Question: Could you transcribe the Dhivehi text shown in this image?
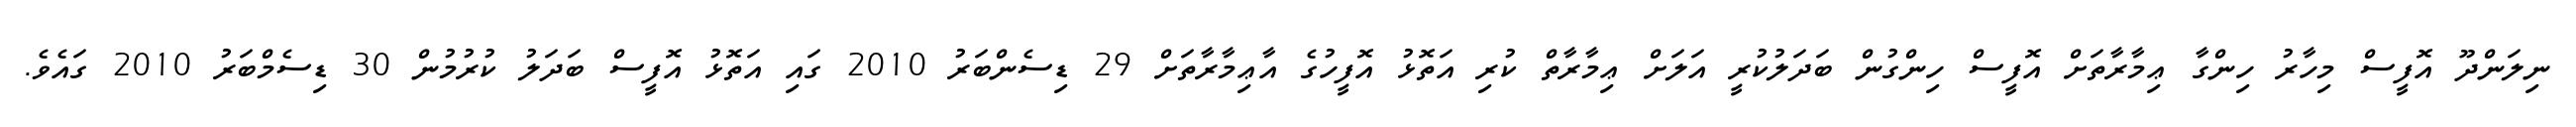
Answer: ނިލަންދޫ އޮފީސް މިހާރު ހިންގާ ޢިމާރާތަށް އޮފީސް ހިންގުން ބަދަލުކުރީ އަލަށް ޢިމާރާތް ކުރި އަތޮޅު އޮފީހުގެ އާޢިމާރާތަށް 29 ޑިސެންބަރު 2010 ގައި އަތޮޅު އޮފީސް ބަދަލު ކުރުމުން 30 ޑިސެމްބަރު 2010 ގައެވެ.